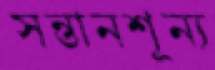
সন্তানশূন্য